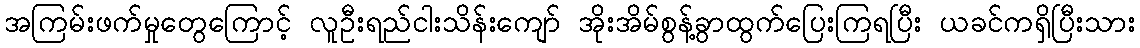
အကြမ်းဖက်မှုတွေကြောင့် လူဦးရည်ငါးသိန်းကျော် အိုးအိမ်စွန့်ခွာထွက်ပြေးကြရပြီး ယခင်ကရှိပြီးသား